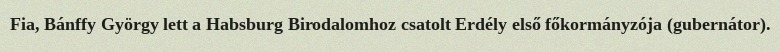
Fia, Bánffy György lett a Habsburg Birodalomhoz csatolt Erdély első főkormányzója (gubernátor).